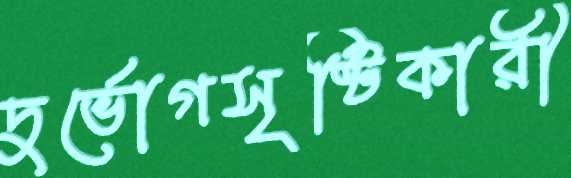
দুর্ভোগসৃষ্টিকারী